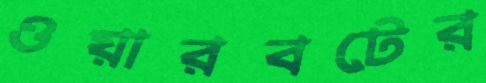
ওয়ারবটের